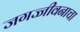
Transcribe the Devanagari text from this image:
जगज्जीवनाचा